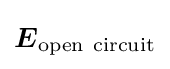
{\boldsymbol {E}}_{\mathrm {open\ circuit} }